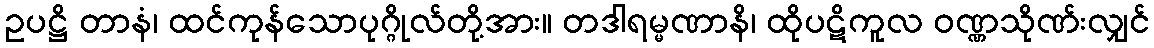
ဥပဋ္ဌိ တာနံ၊ ထင်ကုန်သောပုဂ္ဂိုလ်တို့အား။ တဒါရမ္မဏာနိ၊ ထိုပဋိကူလ ဝဏ္ဏသိုဏ်းလျှင်